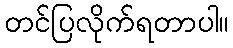
တင်ပြလိုက်ရတာပါ။